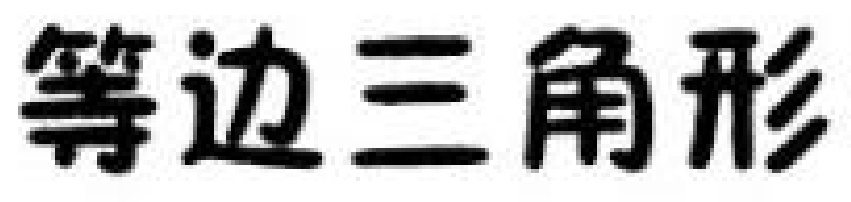
等边三角形